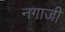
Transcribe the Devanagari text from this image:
नगाजी